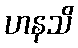
ဟနသိ